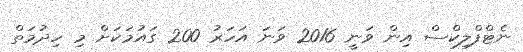
ނެޓްފްލިކްސް އިން ވަނީ 2016 ވަނަ އަހަރު 200 ގައުމަކަށް މި ހިދުމަތް